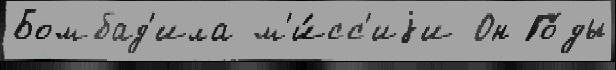
Бомбад'ила м'и́сс'иjи Он Го́ды